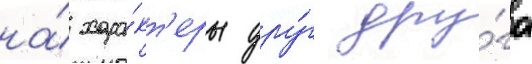
на́ хара́кт'еры дру́г дру́га